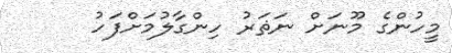
މީހުންގެ މޫނަށް ނަޡަރު ހިންގާލުމަށްފަހު